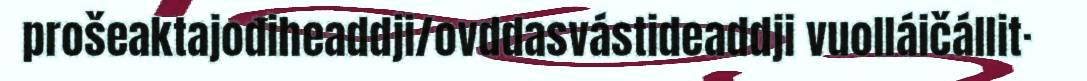
prošeaktajođiheaddji/ovddasvástideaddji vuolláičállit·